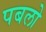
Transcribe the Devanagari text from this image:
पबलो